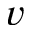
v